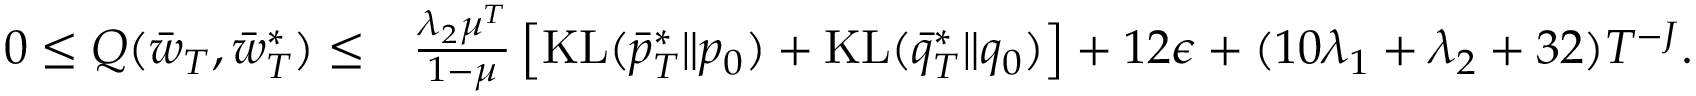
\begin{array} { r l } { 0 \leq Q ( \Bar { w } _ { T } , \bar { w } _ { T } ^ { * } ) \leq } & { \frac { \lambda _ { 2 } \mu ^ { T } } { 1 - \mu } \left[ \mathrm { K L } ( \bar { p } _ { T } ^ { * } \| p _ { 0 } ) + \mathrm { K L } ( \bar { q } _ { T } ^ { * } \| q _ { 0 } ) \right] + 1 2 \epsilon + ( 1 0 \lambda _ { 1 } + \lambda _ { 2 } + 3 2 ) T ^ { - J } . } \end{array}